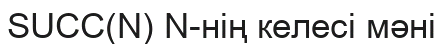
SUCC(N) N-нің келесі мәні